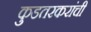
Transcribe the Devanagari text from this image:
कुडतरकरांची